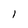
Character: I